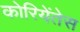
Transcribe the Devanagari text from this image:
कोरियेंतेस